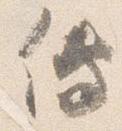
伝